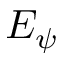
E _ { \psi }